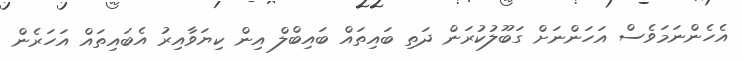
އެހެންނަމަވެސް އަހަންނަށް ގަބޫލުކުރަން ދަތި ބައިތައް ބައިބްލް އިން ކިޔަވާއިރު އެބައިތައް އަހަރެން